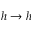
h \rightarrow h